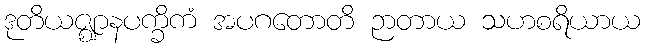
ဒုတိယဇ္ဈာနပက္ခိကံ အပဂတောတိ ဉာတာယ သဟစရိယာယ